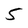
Character: 5